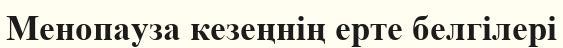
Менопауза кезеңнің ерте белгілері